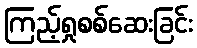
ကြည့်ရှုစစ်ဆေးခြင်း